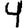
Digit: 4